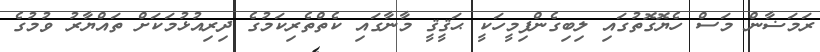
ރަމަޟާން މަސް ހެޔޮގޮތުގައި ލިބިގެންފިމީހަކީ ޙަޤީޤީ މާނާގައި ކެތްތެރިކަމުގެ ދިރިއުޅުމަކަށް ތައްޔާރު ވުމުގެ